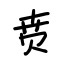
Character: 贲